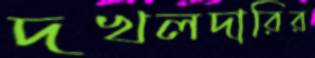
দখলদারির